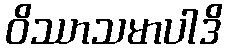
ဝိဿာသမာပါဒိ